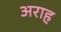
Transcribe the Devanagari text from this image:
अराह